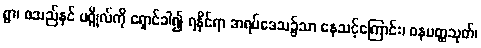
ရွာ၊ စသည်နှင် ပဂ္ဂိုလ်ကို ရှောင်ခါ၍ ရနိုင်ရာ အရပ်ဒေသ၌သာ နေသင့်ကြောင်း၊ ဝနပတ္ထသုတ်၊